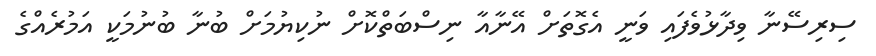
ސިރިސޭނާ ވިދާޅުވެފައި ވަނީ އެގޮތަށް އޭނާއާ ނިސްބަތްކޮށް ނުކިޔުމަށް ބުނާ ބުނުމަކީ އަމުރެއްގެ